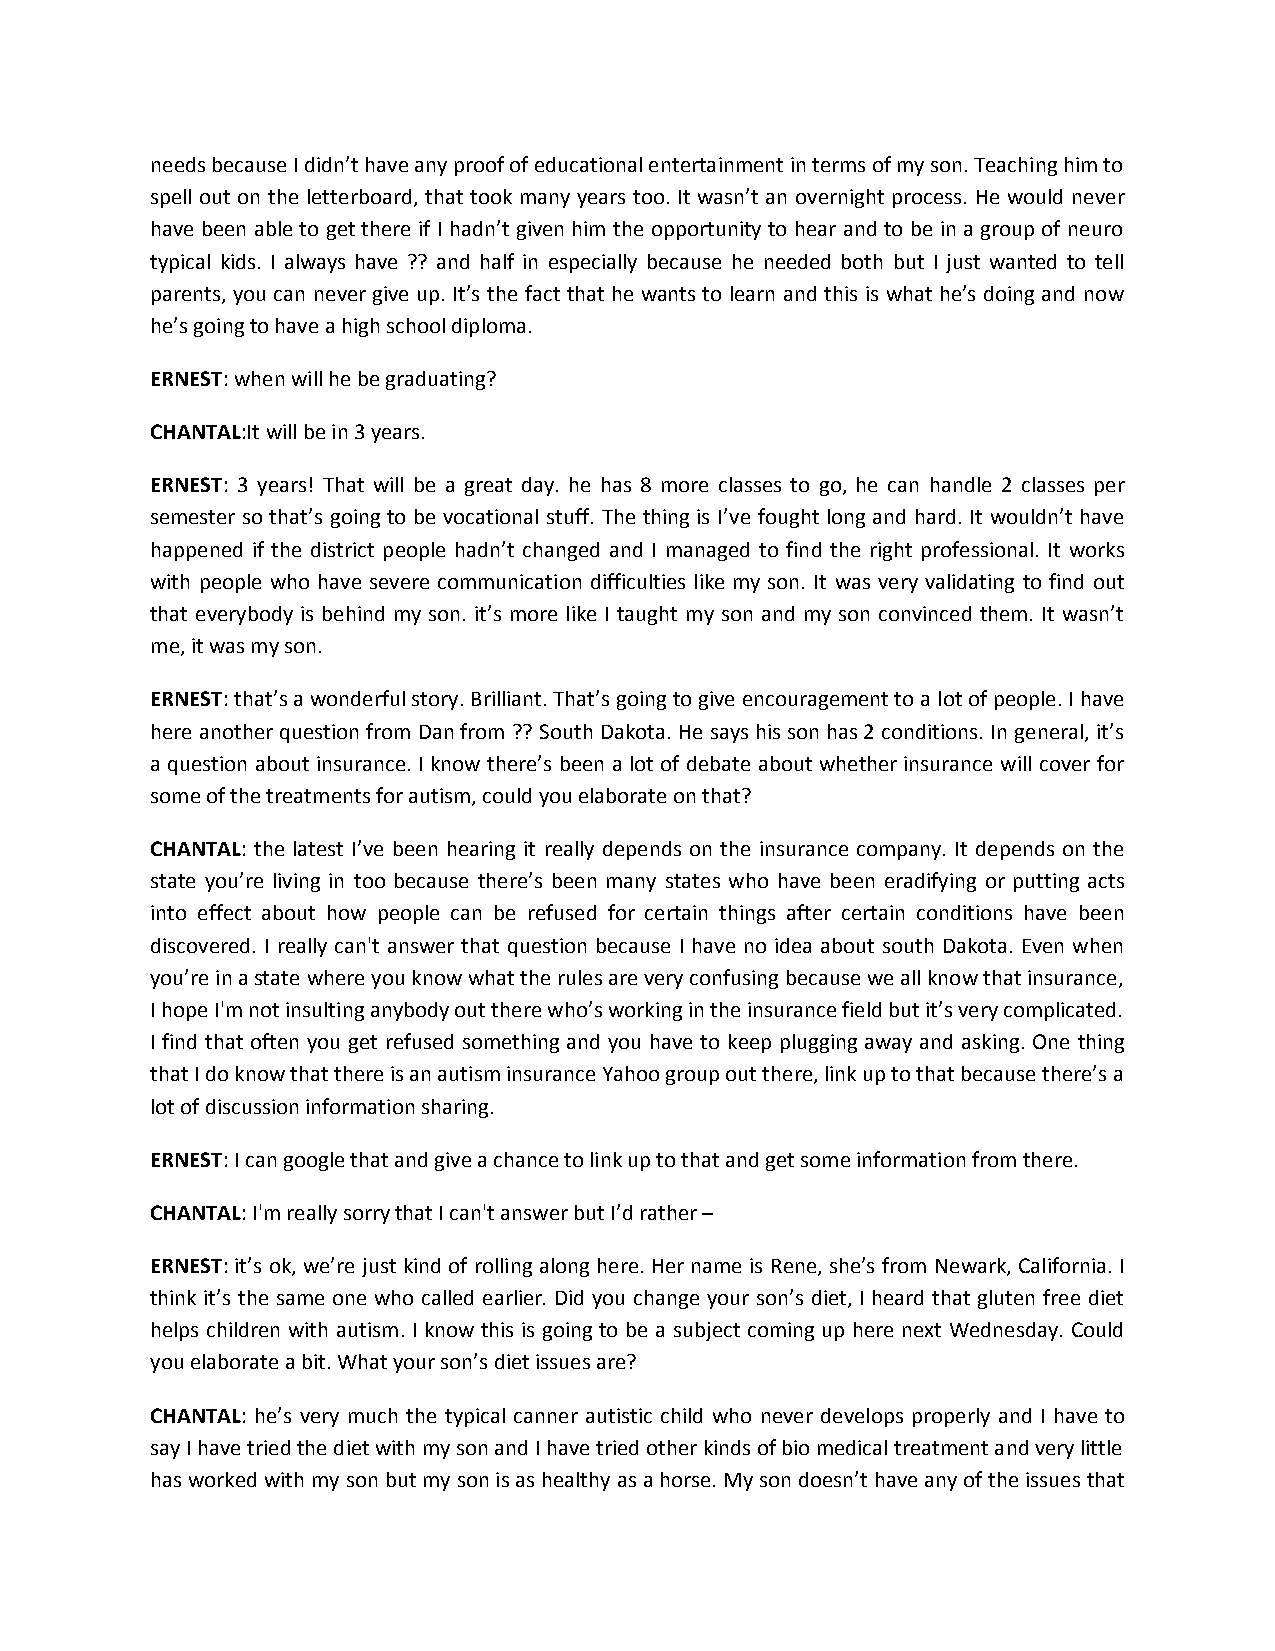
needs because I didn’t have any proof of educational entertainment in terms of my son. Teaching him to
 spell out on the letterboard, that took many years too. It wasn’t an overnight process. He would never
 have been able to get there if I hadn’t given him the opportunity to hear and to be in a group of neuro
 typical kids. I always have ?? and half in especially because he needed both but I just wanted to tell
 parents, you can never give up. It’s the fact that he wants to learn and this is what he’s doing and now
 he’s going to have a high school diploma.
 ERNEST: when will he be graduating?
 CHANTAL:It will be in 3 years.
 ERNEST: 3 years! That will be a great day. he has 8 more classes to go, he can handle 2 classes per
 semester so that’s going to be vocational stuff. The thing is I’ve fought long and hard. It wouldn’t have
 happened if the district people hadn’t changed and I managed to find the right professional. It works
 with people who have severe communication difficulties like my son. It was very validating to find out
 that everybody is behind my son. it’s more like I taught my son and my son convinced them. It wasn’t
 me, it was my son.
 ERNEST: that’s a wonderful story. Brilliant. That’s going to give encouragement to a lot of people. I have
 here another question from Dan from ?? South Dakota. He says his son has 2 conditions. In general, it’s
 a question about insurance. I know there’s been a lot of debate about whether insurance will cover for
 some of the treatments for autism, could you elaborate on that?
 CHANTAL: the latest I’ve been hearing it really depends on the insurance company. It depends on the
 state you’re living in too because there’s been many states who have been eradifying or putting acts
 into effect about how people can be refused for certain things after certain conditions have been
 discovered. I really can't answer that question because I have no idea about south Dakota. Even when
 you’re in a state where you know what the rules are very confusing because we all know that insurance,
 I hope I'm not insulting anybody out there who’s working in the insurance field but it’s very complicated.
 I find that often you get refused something and you have to keep plugging away and asking. One thing
 that I do know that there is an autism insurance Yahoo group out there, link up to that because there’s a
 lot of discussion information sharing.
 ERNEST: I can google that and give a chance to link up to that and get some information from there.
 CHANTAL: I'm really sorry that I can't answer but I’d rather –
 ERNEST: it’s ok, we’re just kind of rolling along here. Her name is Rene, she’s from Newark, California. I
 think it’s the same one who called earlier. Did you change your son’s diet, I heard that gluten free diet
 helps children with autism. I know this is going to be a subject coming up here next Wednesday. Could
 you elaborate a bit. What your son’s diet issues are?
 CHANTAL: he’s very much the typical canner autistic child who never develops properly and I have to
 say I have tried the diet with my son and I have tried other kinds of bio medical treatment and very little
 has worked with my son but my son is as healthy as a horse. My son doesn’t have any of the issues that